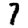
Digit: 7